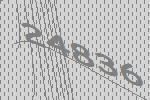
24836